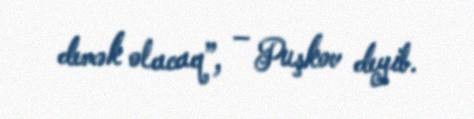
demək olacaq”, – Puşkov deyib.